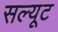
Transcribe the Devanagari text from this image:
सल्यूट